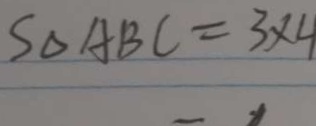
S _ { \Delta A B C } = 3 \times 4